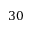
3 0